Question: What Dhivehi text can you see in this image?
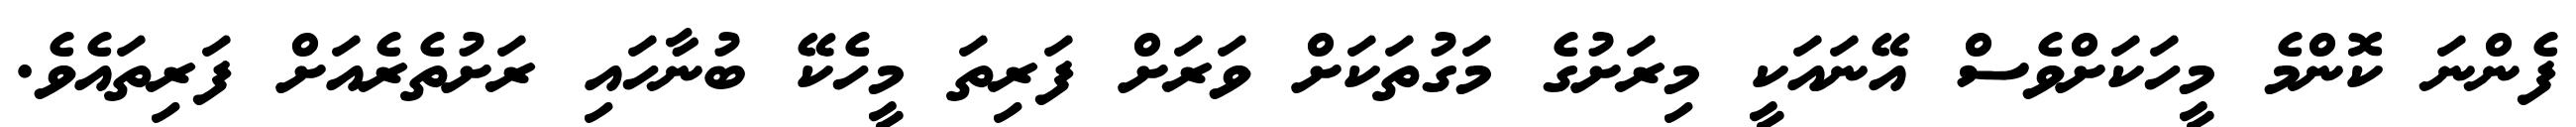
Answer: ފެންނަ ކޮންމެ މީހަކަށްވެސް އޭނައަކީ މިރަށުގެ މަގުތަކަށް ވަރަށް ފަރިތަ މީހެކޭ ބުނާހައި ރަށުތެރެއަށް ފަރިތައެވެ.